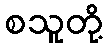
စသူတို့